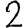
Digit: 2